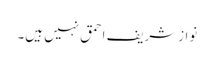
نوازشریف احمق نہیں ہیں۔